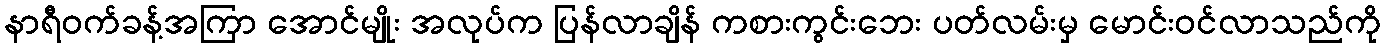
နာရီဝက်ခန့်အကြာ အောင်မျိုး အလုပ်က ပြန်လာချိန် ကစားကွင်းဘေး ပတ်လမ်းမှ မောင်းဝင်လာသည်ကို